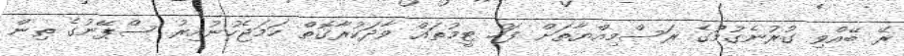
ރޭ ބޭއްވި ގުރުނެގުމުގެ ރަސްމިއްޔާތަށް ފަހު ޓީމުތައް ވާދަކުރާގޮތް ހަމަޖެހުނުއިރު ސްޕޭނުގެ ތިން